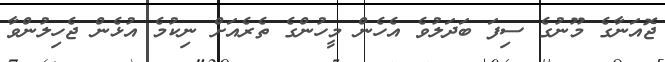
ޖޮއަނާގެ މޫނުގެ ސިފަ ބަދަލުވެ އެހެން މީހުންގެ ތެރެއަށް ނިކުމެ އުޅެން ޖެހިލުންވާ